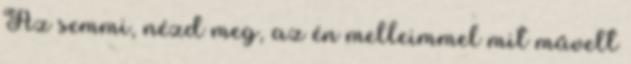
Az semmi, nézd meg, az én melleimmel mit művelt